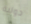
دولية